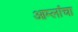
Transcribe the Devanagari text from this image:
आम्लांचा